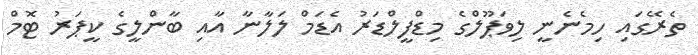
ތެރޭގައި ހިމެނެނީ ލިވަޕޫލްގެ މިޑްފީލްޑަރު އެޑަމް ލަލާނާ އާއި ބާންލީގެ ކީޕަރު ޓޮމް